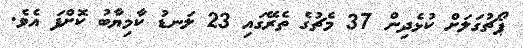
ޕޯޗުގަލަށް ކުޅެދިން 37 މެޗުގެ ތެރޭގައި 23 ލަނޑު ކާމިޔާބު ކޮށްފަ އެވެ.